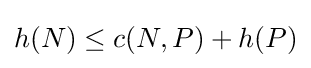
h(N)\leq c(N,P)+h(P)